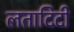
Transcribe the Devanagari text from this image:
लतादिदी